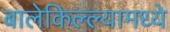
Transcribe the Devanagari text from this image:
बालेकिल्ल्यामध्ये